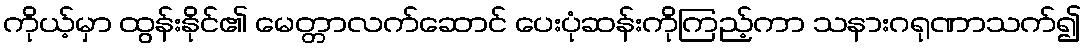
ကိုယ့်မှာ ထွန်းနိုင်၏ မေတ္တာလက်ဆောင် ပေးပုံဆန်းကိုကြည့်ကာ သနားဂရုဏာသက်၍